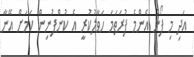
އަދި މި ފޯނު އެންމެ ފުރަތަމަ ހަވާލުކުރީ އެ ކުންފުނިން ކަމަށް އޭނާ